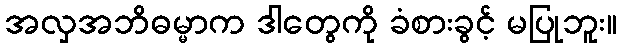
အလှအဘိဓမ္မာက ဒါတွေကို ခံစားခွင့် မပြုဘူး။